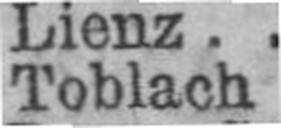
Toblach